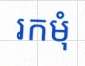
រកមុំ